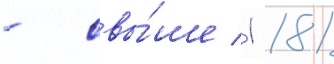
- свы́ше 1 181